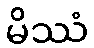
မိဿံ